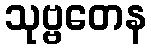
သုဗ္ဗတေန